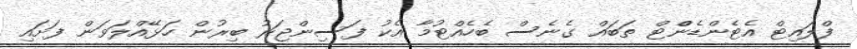
ފްލައިޓް އެޓެންޑެންްޓް ތަބައް ގެނެސް ބެހެއްޓުމާ އެކު ފަސިންޖަރު ބިރުން ހަޅޭއްލަވަން ފަށައި